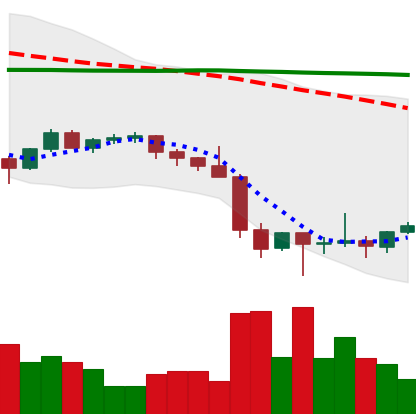
Ticker: ETH-USD
Chart end date: 2022-01-29
Forward return: 3.16%
Label: up_3_5